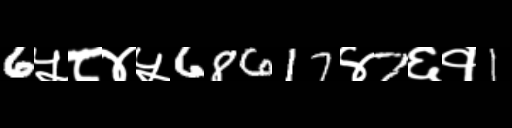
Text: 6५८४५68617४7६१1